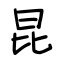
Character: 昆